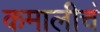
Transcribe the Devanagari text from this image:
कमालीचं